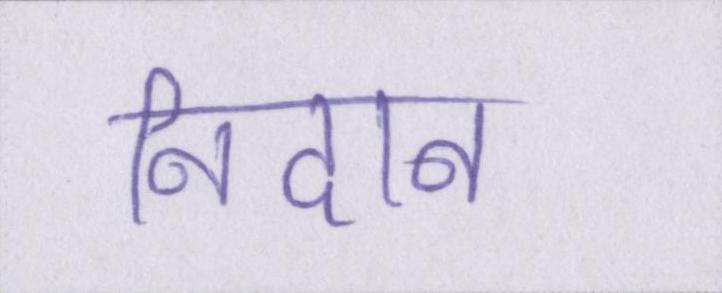
निदान